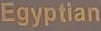
Egyptian